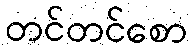
တင်တင်စော